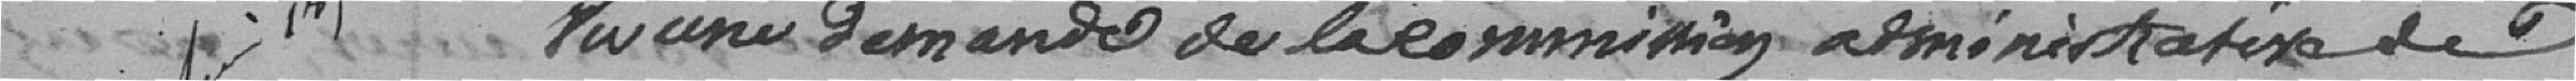
Vu une demande de la Commission administrative de